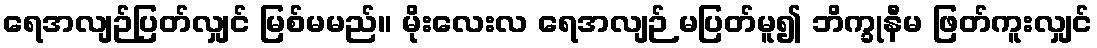
ရေအလျဉ်ပြတ်လျှင် မြစ်မမည်။ မိုးလေးလ ရေအလျဉ် မပြတ်မူ၍ ဘိက္ခုနီမ ဖြတ်ကူးလျှင်